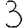
Digit: 3